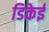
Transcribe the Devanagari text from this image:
डिकेई